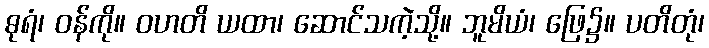
ဓုရံ၊ ဝန်ကို။ ဝဟတိ ယထာ၊ ဆောင်သကဲ့သို့။ ဘူမိယံ၊ ဖြေ၌။ ပတိတုံ၊